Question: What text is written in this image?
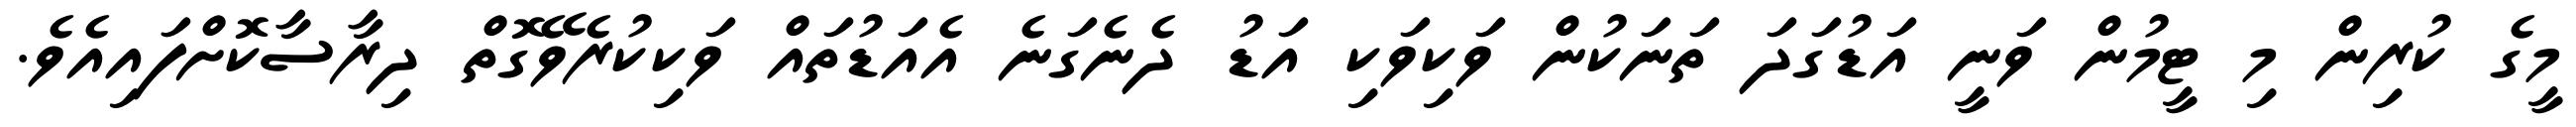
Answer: މީގެ ކުރިން މި ޓީމުން ވަނީ އަޑުގަދަ ތަނަކުން ވަކިވަކި އަޑު ދެނެގަނެ އެއަޑުތައް ވަކިކުރެވޭގޮތް ދިރާސާކޮށްފައިއެވެ.